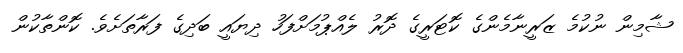
ޝާމިން ނުކުމެ ޒަރީނާމެންގެ ކޮޓަރީގެ ދޮރު ލެއްޕުމަށްފަހު ދިޔައީ ބަދިގެ ފަރާތަށެވެ. ކޮންތާކުން